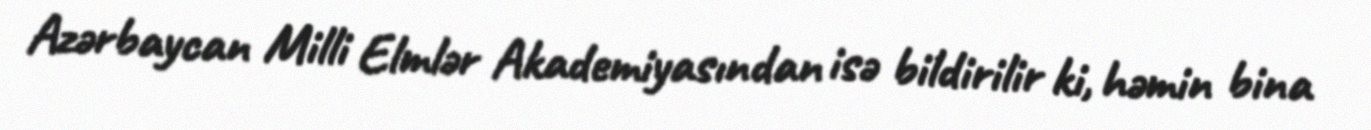
Azərbaycan Milli Elmlər Akademiyasından isə bildirilir ki, həmin bina